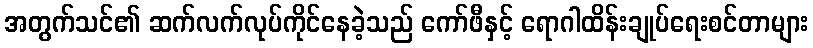
အတွက်သင်၏ ဆက်လက်လုပ်ကိုင်နေခဲ့သည် ကော်ဖီနှင့် ရောဂါထိန်းချုပ်ရေးစင်တာများ